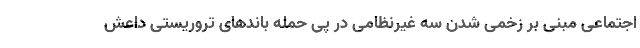
اجتماعی مبنی بر زخمی شدن سه غیرنظامی در پی حمله باندهای تروریستی داعش